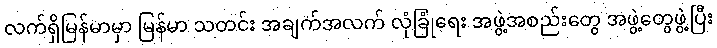
လက်ရှိမြန်မာမှာ မြန်မာ သတင်း အချက်အလက် လုံခြုံရေး အဖွဲ့အစည်းတွေ အဖွဲ့တွေဖွဲ့ပြီး